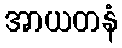
အာယတနံ